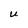
Character: U